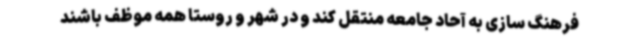
فرهنگ سازی به آحاد جامعه منتقل کند و در شهر و روستا همه موظف باشند